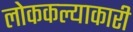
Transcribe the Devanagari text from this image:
लोककल्याकारी